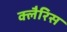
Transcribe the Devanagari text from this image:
क्लैरिस